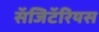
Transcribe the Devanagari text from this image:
सॅजिटॅरियस